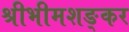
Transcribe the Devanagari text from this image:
श्रीभीमशङ्कर